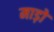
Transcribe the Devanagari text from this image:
माड़ो